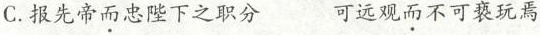
C.报先帝而忠陛下之职分可远观而不可亵玩焉